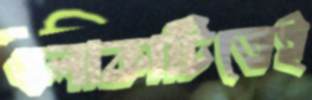
এলাকাটিতেই